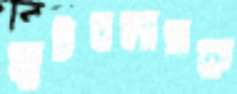
ফুটবলাসক্ত